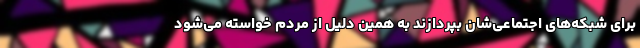
برای شبکه‌های اجتماعی‌شان بپردازند به همین دلیل از مردم خواسته می‌شود